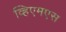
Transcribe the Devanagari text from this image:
व्हिएमएस